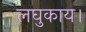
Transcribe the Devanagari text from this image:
लघुकाय।